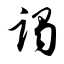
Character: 谒